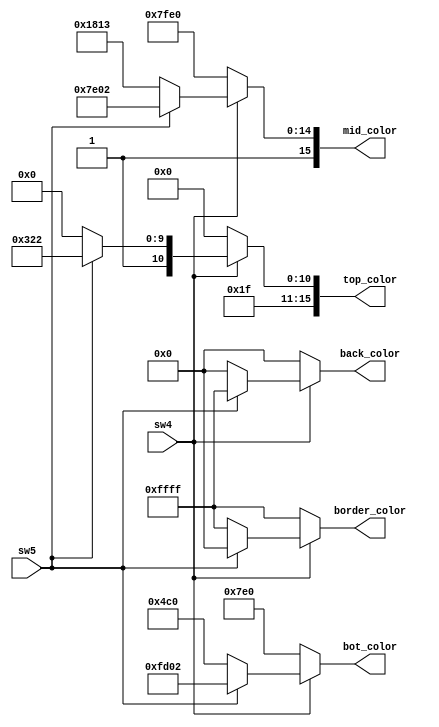
`timescale 1ns / 1ps
//////////////////////////////////////////////////////////////////////////////////
// Company: 
// Engineer: 
// 
// Design Name: 
// Module Name: sel_color_scheme
// Project Name: 
// Target Devices: 
// Tool Versions: 
// Description: 
// 
// Dependencies: 
// 
// Revision:
// Revision 0.01 - File Created
// Additional Comments:
// 
//////////////////////////////////////////////////////////////////////////////////


module sel_color_scheme(
    input sw4,
    input sw5,
    output [15:0] border_color,
    output [15:0] back_color,
    output [15:0] top_color,
    output [15:0] mid_color,
    output [15:0] bot_color
    );
    
    assign border_color = (sw4) ? ((sw5) ? 16'h0000 : 16'hFFFF) 
                        : 16'hFFFF;
    assign back_color = (sw4) ? ((sw5) ? 16'hFFFF :16'h0000)
                        : 16'h0000;
    assign top_color = (sw4) ? ((sw5) ? 16'hFF22 : 16'hFC00) 
                        : 16'hF800;
    assign mid_color = (sw4) ? ((sw5) ? 16'hFE02 : 16'h9813) 
                        : 16'hFFE0;
    assign bot_color = (sw4) ? ((sw5) ? 16'hFD02 : 16'h04C0) 
                        : 16'h07E0;
endmodule